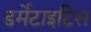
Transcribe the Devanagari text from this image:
डर्मेटाइटिस